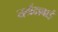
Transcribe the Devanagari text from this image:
नर्मदाबाई